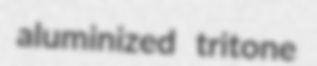
aluminized tritone